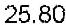
25.80